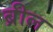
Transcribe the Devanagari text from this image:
ब्रील